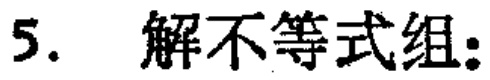
5. 解不等式组: